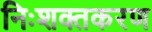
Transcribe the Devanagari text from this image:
निःशक्तकरण